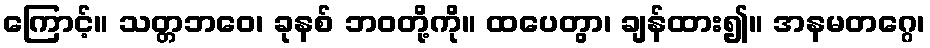
ကြောင့်။ သတ္တဘဝေ၊ ခုနစ် ဘဝတို့ကို။ ထပေတွာ၊ ချန်ထား၍။ အနမတဂ္ဂေ၊